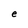
Character: e